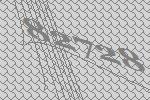
82728